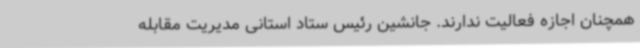
همچنان اجازه فعالیت ندارند. جانشین رئیس ستاد استانی مدیریت مقابله